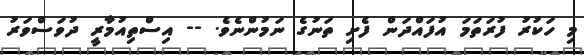
މި ހަކުރު ފުރަތަމަ އުފައްދަން ފެށި ތަނުގެ ނަމުންނެވެ. -- އިސްތިއުމާރީ ދުވަސްވަރު